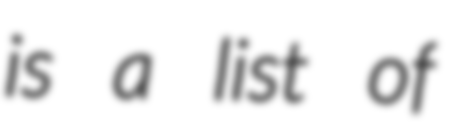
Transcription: is a list of